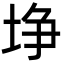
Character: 埩